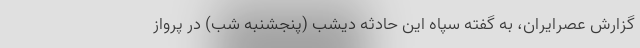
گزارش عصرایران، به گفته سپاه این حادثه دیشب (پنجشنبه شب) در پرواز